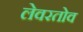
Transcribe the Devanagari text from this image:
लेवरतोव